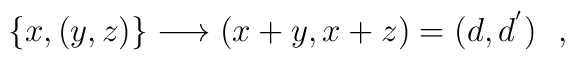
\{ x,(y,z)\} \longrightarrow(x+y,x+z)=(d,d^{'}) \ \ ,